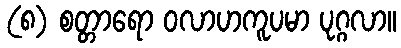
(၈) စတ္တာရော ဝလာဟကူပမာ ပုဂ္ဂလာ။